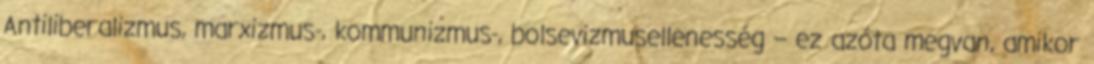
Antiliberalizmus, marxizmus-, kommunizmus-, bolsevizmusellenesség – ez azóta megvan, amikor